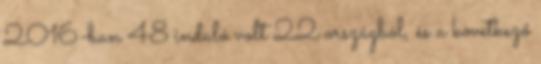
2016-ban 48 induló volt 22 országból, és a következő